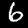
Label: 6